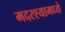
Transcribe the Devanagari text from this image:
मदरश्यामध्ये